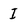
Character: I